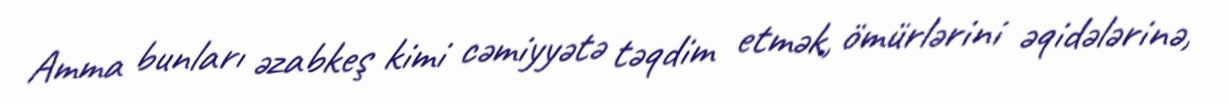
Amma bunları əzabkeş kimi cəmiyyətə təqdim etmək, ömürlərini əqidələrinə,